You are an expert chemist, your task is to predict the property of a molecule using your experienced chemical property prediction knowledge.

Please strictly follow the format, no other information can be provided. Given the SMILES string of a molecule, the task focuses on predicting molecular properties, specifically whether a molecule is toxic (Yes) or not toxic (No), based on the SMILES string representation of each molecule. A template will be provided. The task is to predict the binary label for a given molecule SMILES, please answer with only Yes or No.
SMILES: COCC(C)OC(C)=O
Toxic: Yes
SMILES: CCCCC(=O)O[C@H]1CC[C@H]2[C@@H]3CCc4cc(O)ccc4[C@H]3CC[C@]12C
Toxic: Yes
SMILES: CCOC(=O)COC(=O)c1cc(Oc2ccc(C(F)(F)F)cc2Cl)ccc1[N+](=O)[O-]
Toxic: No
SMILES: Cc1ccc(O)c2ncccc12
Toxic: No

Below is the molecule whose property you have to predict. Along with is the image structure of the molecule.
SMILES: O=[N+]([O-])C(CO)(CO)CO
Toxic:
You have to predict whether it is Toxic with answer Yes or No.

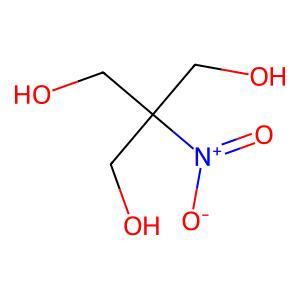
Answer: No